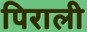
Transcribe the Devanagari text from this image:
पिराली